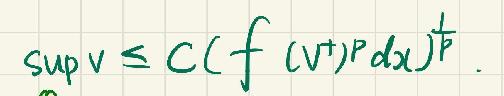
\[ \sup v \leq C\left(f\left(v^{+}\right)^{p} d x\right)^{\frac{1}{p}} \]